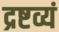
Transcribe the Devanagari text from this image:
द्रष्टव्यं